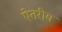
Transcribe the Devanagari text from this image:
ऐतरीय